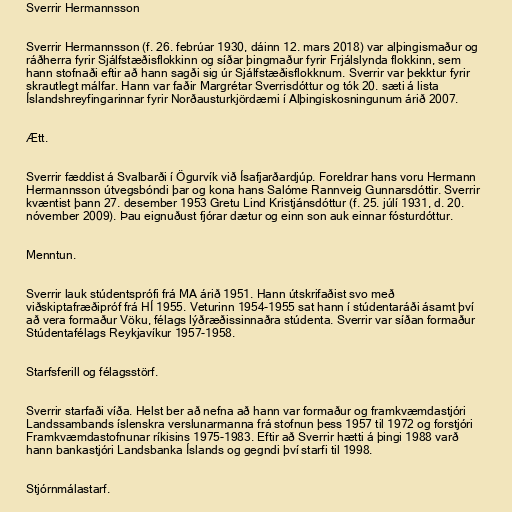
Sverrir Hermannsson

Sverrir Hermannsson (f. 26. febrúar 1930, dáinn 12. mars 2018) var alþingismaður og
ráðherra fyrir Sjálfstæðisflokkinn og síðar þingmaður fyrir Frjálslynda flokkinn, sem
hann stofnaði eftir að hann sagði sig úr Sjálfstæðisflokknum. Sverrir var þekktur fyrir
skrautlegt málfar. Hann var faðir Margrétar Sverrisdóttur og tók 20. sæti á lista
Íslandshreyfingarinnar fyrir Norðausturkjördæmi í Alþingiskosningunum árið 2007.

Ætt.

Sverrir fæddist á Svalbarði í Ögurvík við Ísafjarðardjúp. Foreldrar hans voru Hermann
Hermannsson útvegsbóndi þar og kona hans Salóme Rannveig Gunnarsdóttir. Sverrir
kvæntist þann 27. desember 1953 Gretu Lind Kristjánsdóttur (f. 25. júlí 1931, d. 20.
nóvember 2009). Þau eignuðust fjórar dætur og einn son auk einnar fósturdóttur.

Menntun.

Sverrir lauk stúdentsprófi frá MA árið 1951. Hann útskrifaðist svo með
viðskiptafræðipróf frá HÍ 1955. Veturinn 1954-1955 sat hann í stúdentaráði ásamt því
að vera formaður Vöku, félags lýðræðissinnaðra stúdenta. Sverrir var síðan formaður
Stúdentafélags Reykjavíkur 1957-1958.

Starfsferill og félagsstörf.

Sverrir starfaði víða. Helst ber að nefna að hann var formaður og framkvæmdastjóri
Landssambands íslenskra verslunarmanna frá stofnun þess 1957 til 1972 og forstjóri
Framkvæmdastofnunar ríkisins 1975-1983. Eftir að Sverrir hætti á þingi 1988 varð
hann bankastjóri Landsbanka Íslands og gegndi því starfi til 1998.

Stjórnmálastarf.